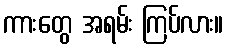
ကားတွေ အရမ်း ကြပ်လား။